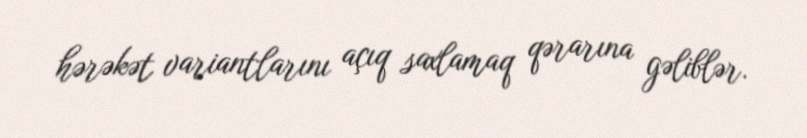
hərəkət variantlarını açıq saxlamaq qərarına gəliblər.